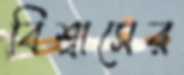
বিশ্বাসের